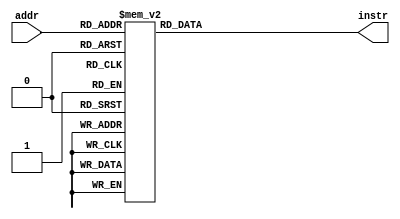
module rom (addr, instr);

  input [4:0] addr;
  output [31:0] instr;
  reg [31:0] instr;

  // addresses converted from 32 bit byte-addressable
  // to 23-bit word-addressable
  always @ (addr)
    begin
      case(addr)
	   5'h00: instr <= 32'h3c08dead;	  
	   5'h01: instr <= 32'h3508beef;	  
	   5'h02: instr <= 32'hac08fff0;
	   5'h03: instr <= 32'h3c018000;
 	   5'h04: instr <= 32'h34072000;	  
	   5'h05: instr <= 32'h0BFFFFD0;	// j L3, Victor fixed this
	   5'h06: instr <= 32'h8c280004;
	   5'h07: instr <= 32'h24210008;
	   5'h08: instr <= 32'h8c240000;
	   5'h09: instr <= 32'hac440000;	  
	   5'h0A: instr <= 32'h2463ffff;	  
	   5'h0B: instr <= 32'h24210004;			
	   5'h0C: instr <= 32'h1460fffb;			
	   5'h0D: instr <= 32'h24420004;			  
	   5'h0E: instr <= 32'h0027282a;			   
	   5'h0F: instr <= 32'h10a00006;			  
	   5'h10: instr <= 32'h8c230000;	   
	   5'h11: instr <= 32'h1460fff5;			 
	   5'h12: instr <= 32'h8c220004;			  
	   5'h13: instr <= 32'hac08fff0;			   
	   5'h14: instr <= 32'h01000008;			    
	   5'h15: instr <= 32'h00002a8d;				
	   5'h16: instr <= 32'h0bffffd6;	// j BADEND (08000016) someone fixed this				 
	   5'h17: instr <= 32'h00001fcd;
	   default: begin
	     instr <= 32'bx; 
          //$display("Invalid ROM address: %h", addr);
	   end
	 endcase
    end
	 
endmodule